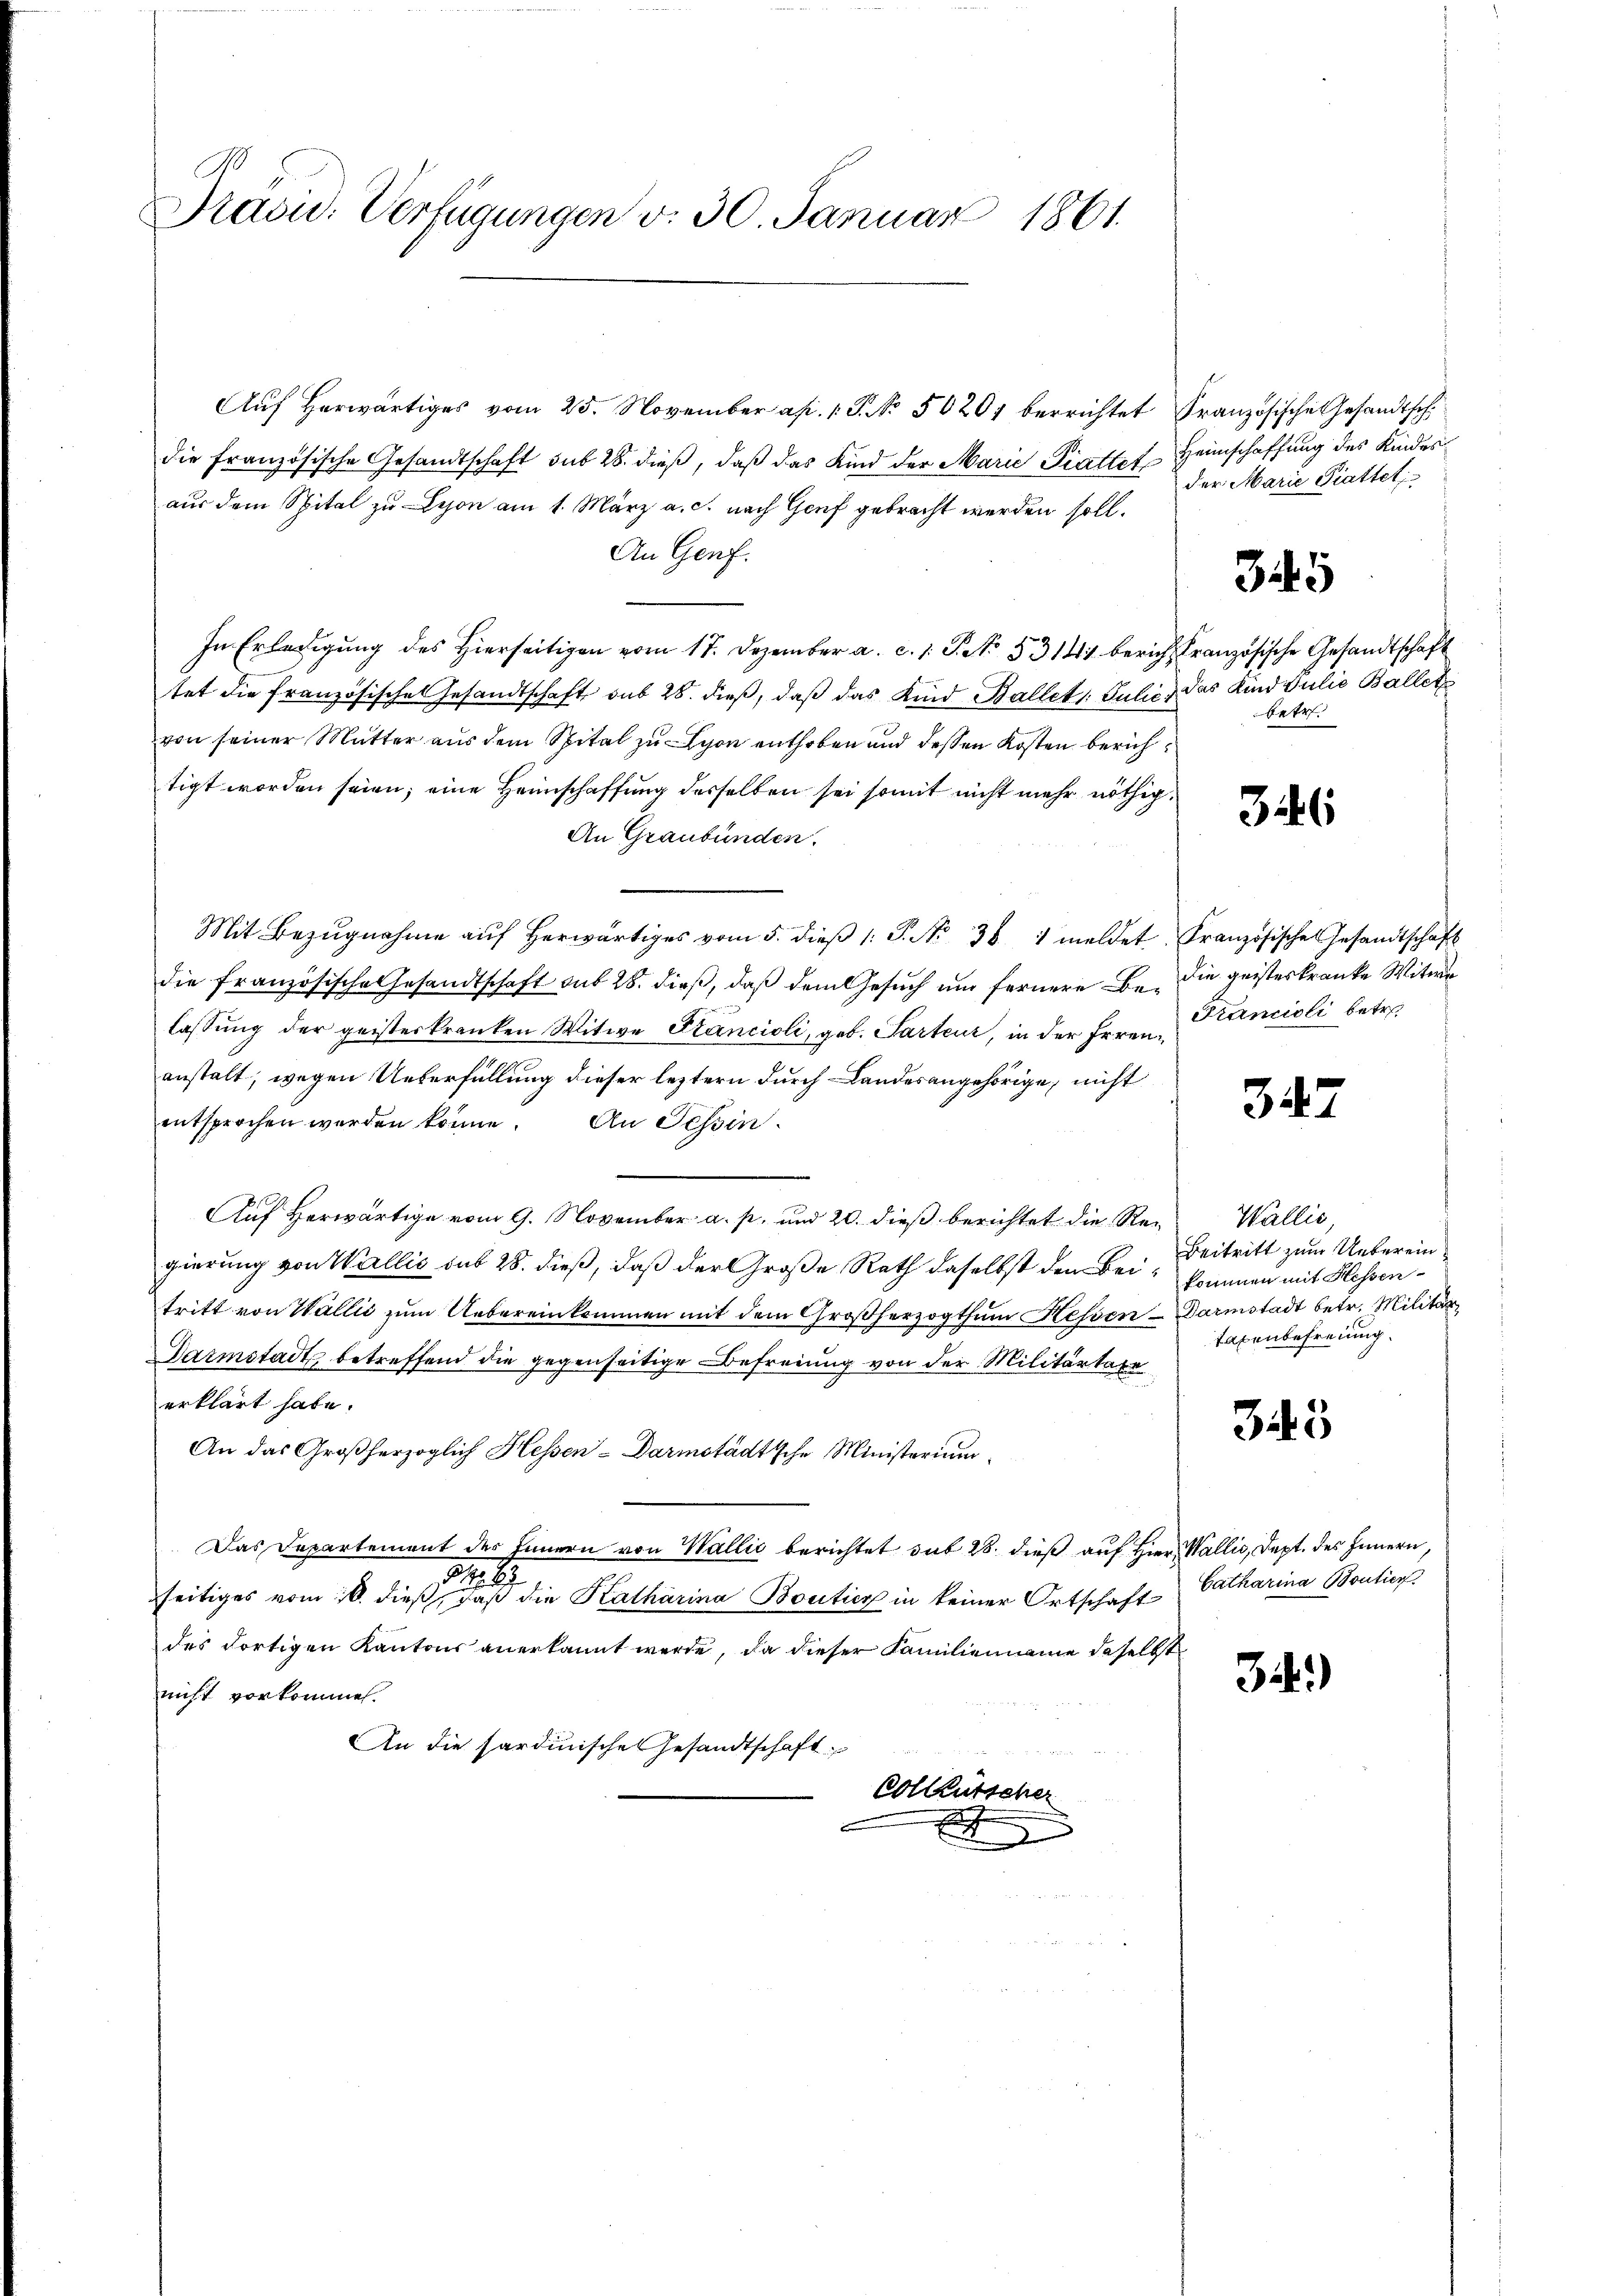
A
Präsid. Verfügungen v. 30. Januar 1861.

Aŭf herwärtiges vom 25. November ap. 1. P. No. 50201 berrichtet Französische Gesandtsch
die französische Gesandtschaft sub 28. dieß, daß das Kind der Marie Trattet Heimschaffung des Kinder
aus dem Spital zu Lyon am 1. März a. c. nach Genf gebracht werden soll.
An Genf.
In Erledigŭng des hierseitigen vom 17. Dezember a. c. s. S. 5314 berich französische Gesandtschaft
tet die französisches Gesandtschaft sub 28. dieß, daß das Kind Ballet. Julić, das Kind Julie Balletz
von seiner Mutter aus dem Spital zu schon enthoben und dessen Kosten berichtigt worden seien; eine Heimschaffung desselben sei somit nicht mehr nöthig¬
An Graubünden.
Mit Bezŭgnahme aŭf herwärtiges vom 5. dieβ (: P. Nr. 36 1 meldet Französische Gesandtschaft
die französische Gesandtschaft auf 28. dieß, daß dem Gesuch und fernere Be- die geisteskranke Witwe
lassung der geisterkranken Witwe Stancioli, geb. Partenz, in der Irrenanstalt, wegen Ueberfüllung dieser leztern durch Landesangehörige, nicht
entsprochen werden könne. An Tessin
Auf Herwärtige vom 9. November a. p. und 20. dieß berichtet die Regierung von Wallis sub 28. dieß, daß der Große Rath daselbst den Beitritt von Wallić zum Uebereinkommen mit dem Großherzogthum Hessen Darmstadt betr. Militär
Darmstadt betreffend die gegenseitige Befreiung von der Militärtaxe
erklärt habe.
An das Großherzoglich Hessen-Darmstadtsche Ministerium
Das Departement des Innern von Wallić berichtet sub 28. dieß auf Hier Wallis, Dept. des Innern,
1419.
seitiges vom 16. dieß, daß die Katharina Boutier in keiner Ortschaft- Catharina Boutier
des dortigen Kantons anerkannt werde, da dieser Familienname daselbst
nicht vorkommen.
An die Sardinische Gesandtschaft
Colleutscher
E
.

der Marie Piattet

345

betr.

346

Francicli betr.

347

Wallis,
Beitritt zum Uebereinkommen mit Hessen
taxenbefreiung.

345

32.)